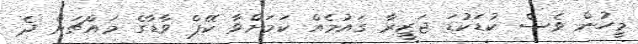
މީހުން ވެސް ކުޑަކުޑަ ޖަޒީރާ ގައުމެއް ކަމަށްވާ ކޭޕް ވާޑާގެ މައްޗަށް ދެ